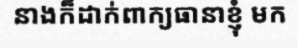
នាងក៏ដាក់ពាក្យធានាខ្ញុំ មក